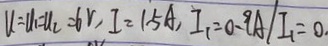
u = u _ { 1 } = u _ { 2 } = 6 V , I = 1 . 5 A , I _ { 1 } = 0 . 9 A / I _ { 1 } = 0 .